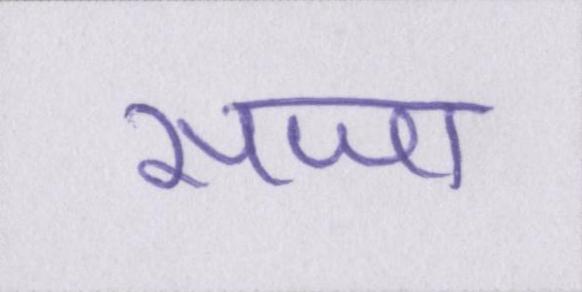
सजा